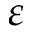
\varepsilon